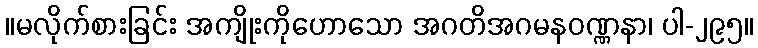
။မလိုက်စားခြင်း အကျိုးကိုဟောသော အဂတိအဂမနဝဏ္ဏနာ၊ ပါ-၂၉၅။